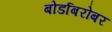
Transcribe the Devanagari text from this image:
बोर्डाबरोबर